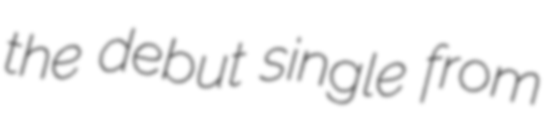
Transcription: the debut single from